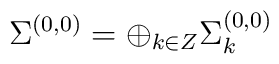
\Sigma ^{(0,0)}=\oplus_{k\in Z}\Sigma ^{(0,0)}_{k}